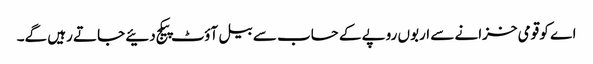
اے کو قومی خزانے سے اربوں روپے کے حساب سے بیل آؤٹ پیکج دئیے جاتے رہیں گے۔